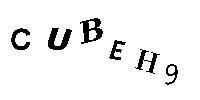
CUBEH9